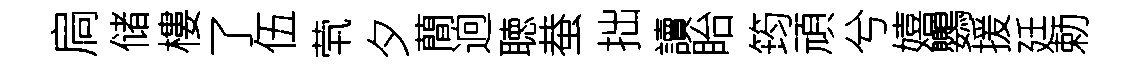
扃储樓了伍茕夕蕳逈聴蛬拙讀眙筠頑兮嬉鸚援廷勅